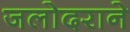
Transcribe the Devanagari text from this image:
जलोदराने